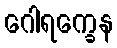
ဂေါရက္ခေန